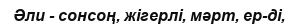
Әли - сонсоң, жігерлі, мәрт, ер-ді,